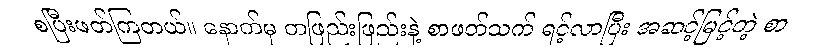
စပြီးဖတ်ကြတယ်။ နောက်မှ တဖြည်းဖြည်းနဲ့ စာဖတ်သက် ရင့်လာပြီး အဆင့်မြင့်တဲ့ စာ